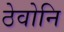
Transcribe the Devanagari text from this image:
ठेवोनि